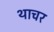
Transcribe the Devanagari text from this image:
थाचर